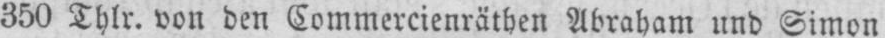
850 Thlr. von den Commercienräthen Abraham und Simon